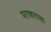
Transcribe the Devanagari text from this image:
पराशराचा